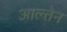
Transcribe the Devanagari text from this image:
आल्तेन